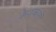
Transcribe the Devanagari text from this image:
केशकारों